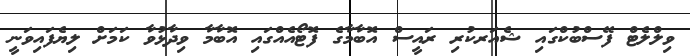
ވިލްލެޓް ފޭސްބުކްގައި ޝެއަރކުރި ރައީސް އޮބާމާގެ ފޮޓޯއެއްގައި އޮބާމާ ވިދާޅުވާ ކަމަށް ލިޔެފައިވަނީ